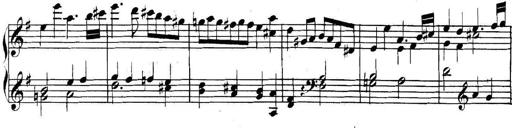
Title: Collected Piano Sonatas
Composer: Muzio Clementi